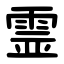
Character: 霊